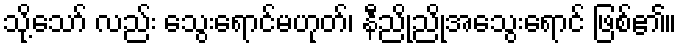
သို့သော် လည်း သွေးရောင်မဟုတ်၊ နီညိုညိုအသွေးရောင် ဖြစ်၏။